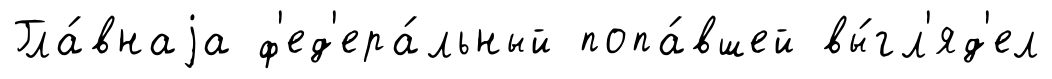
Гла́внаjа ф'ед'ера́льный попа́вшей вы́гл'яд'ел